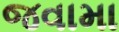
જવામા